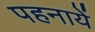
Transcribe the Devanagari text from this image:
पहनायें